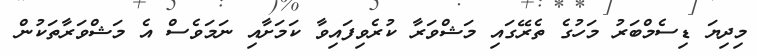
މިދިޔަ ޑިސެމްބަރު މަހުގެ ތެރޭގައި މަޝްވަރާ ކުރެވިފައިވާ ކަމަށާއި ނަމަވެސް އެ މަޝްވަރާތަކުން